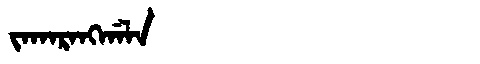
Manchu: ᠵᠠᡴᠠᡵᠠᠩᡤᠠᠯᠠ
Romanization: JAKARANGGALA